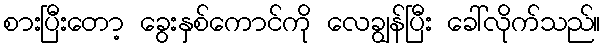
စားပြီးတော့ ခွေးနှစ်ကောင်ကို လေချွန်ပြီး ခေါ်လိုက်သည်။